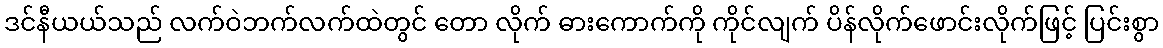
ဒင်နီယယ်သည် လက်ဝဲဘက်လက်ထဲတွင် တော လိုက် ဓားကောက်ကို ကိုင်လျက် ပိန်လိုက်ဖောင်းလိုက်ဖြင့် ပြင်းစွာ